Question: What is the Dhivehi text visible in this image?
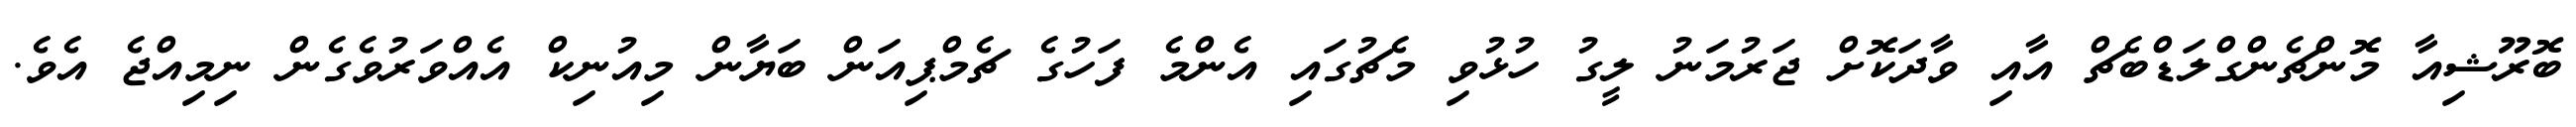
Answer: ބޮރޫޝިއާ މޮންޗެންގްލަޑްބެޗް އާއި ވާދަކޮށް ޖަރުމަނު ލީގު ހުޅުވި މެޗުގައި އެންމެ ފަހުގެ ޗެމްޕިއަން ބަޔާން މިއުނިކް އެއްވަރުވެގެން ނިމިއްޖެ އެވެ.